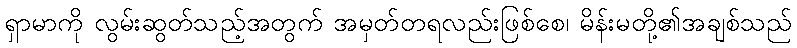
ရှာမာကို လွမ်းဆွတ်သည့်အတွက် အမှတ်တရလည်းဖြစ်စေ၊ မိန်းမတို့၏အချစ်သည်